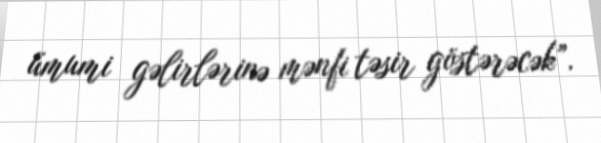
ümumi gəlirlərinə mənfi təsir göstərəcək”.